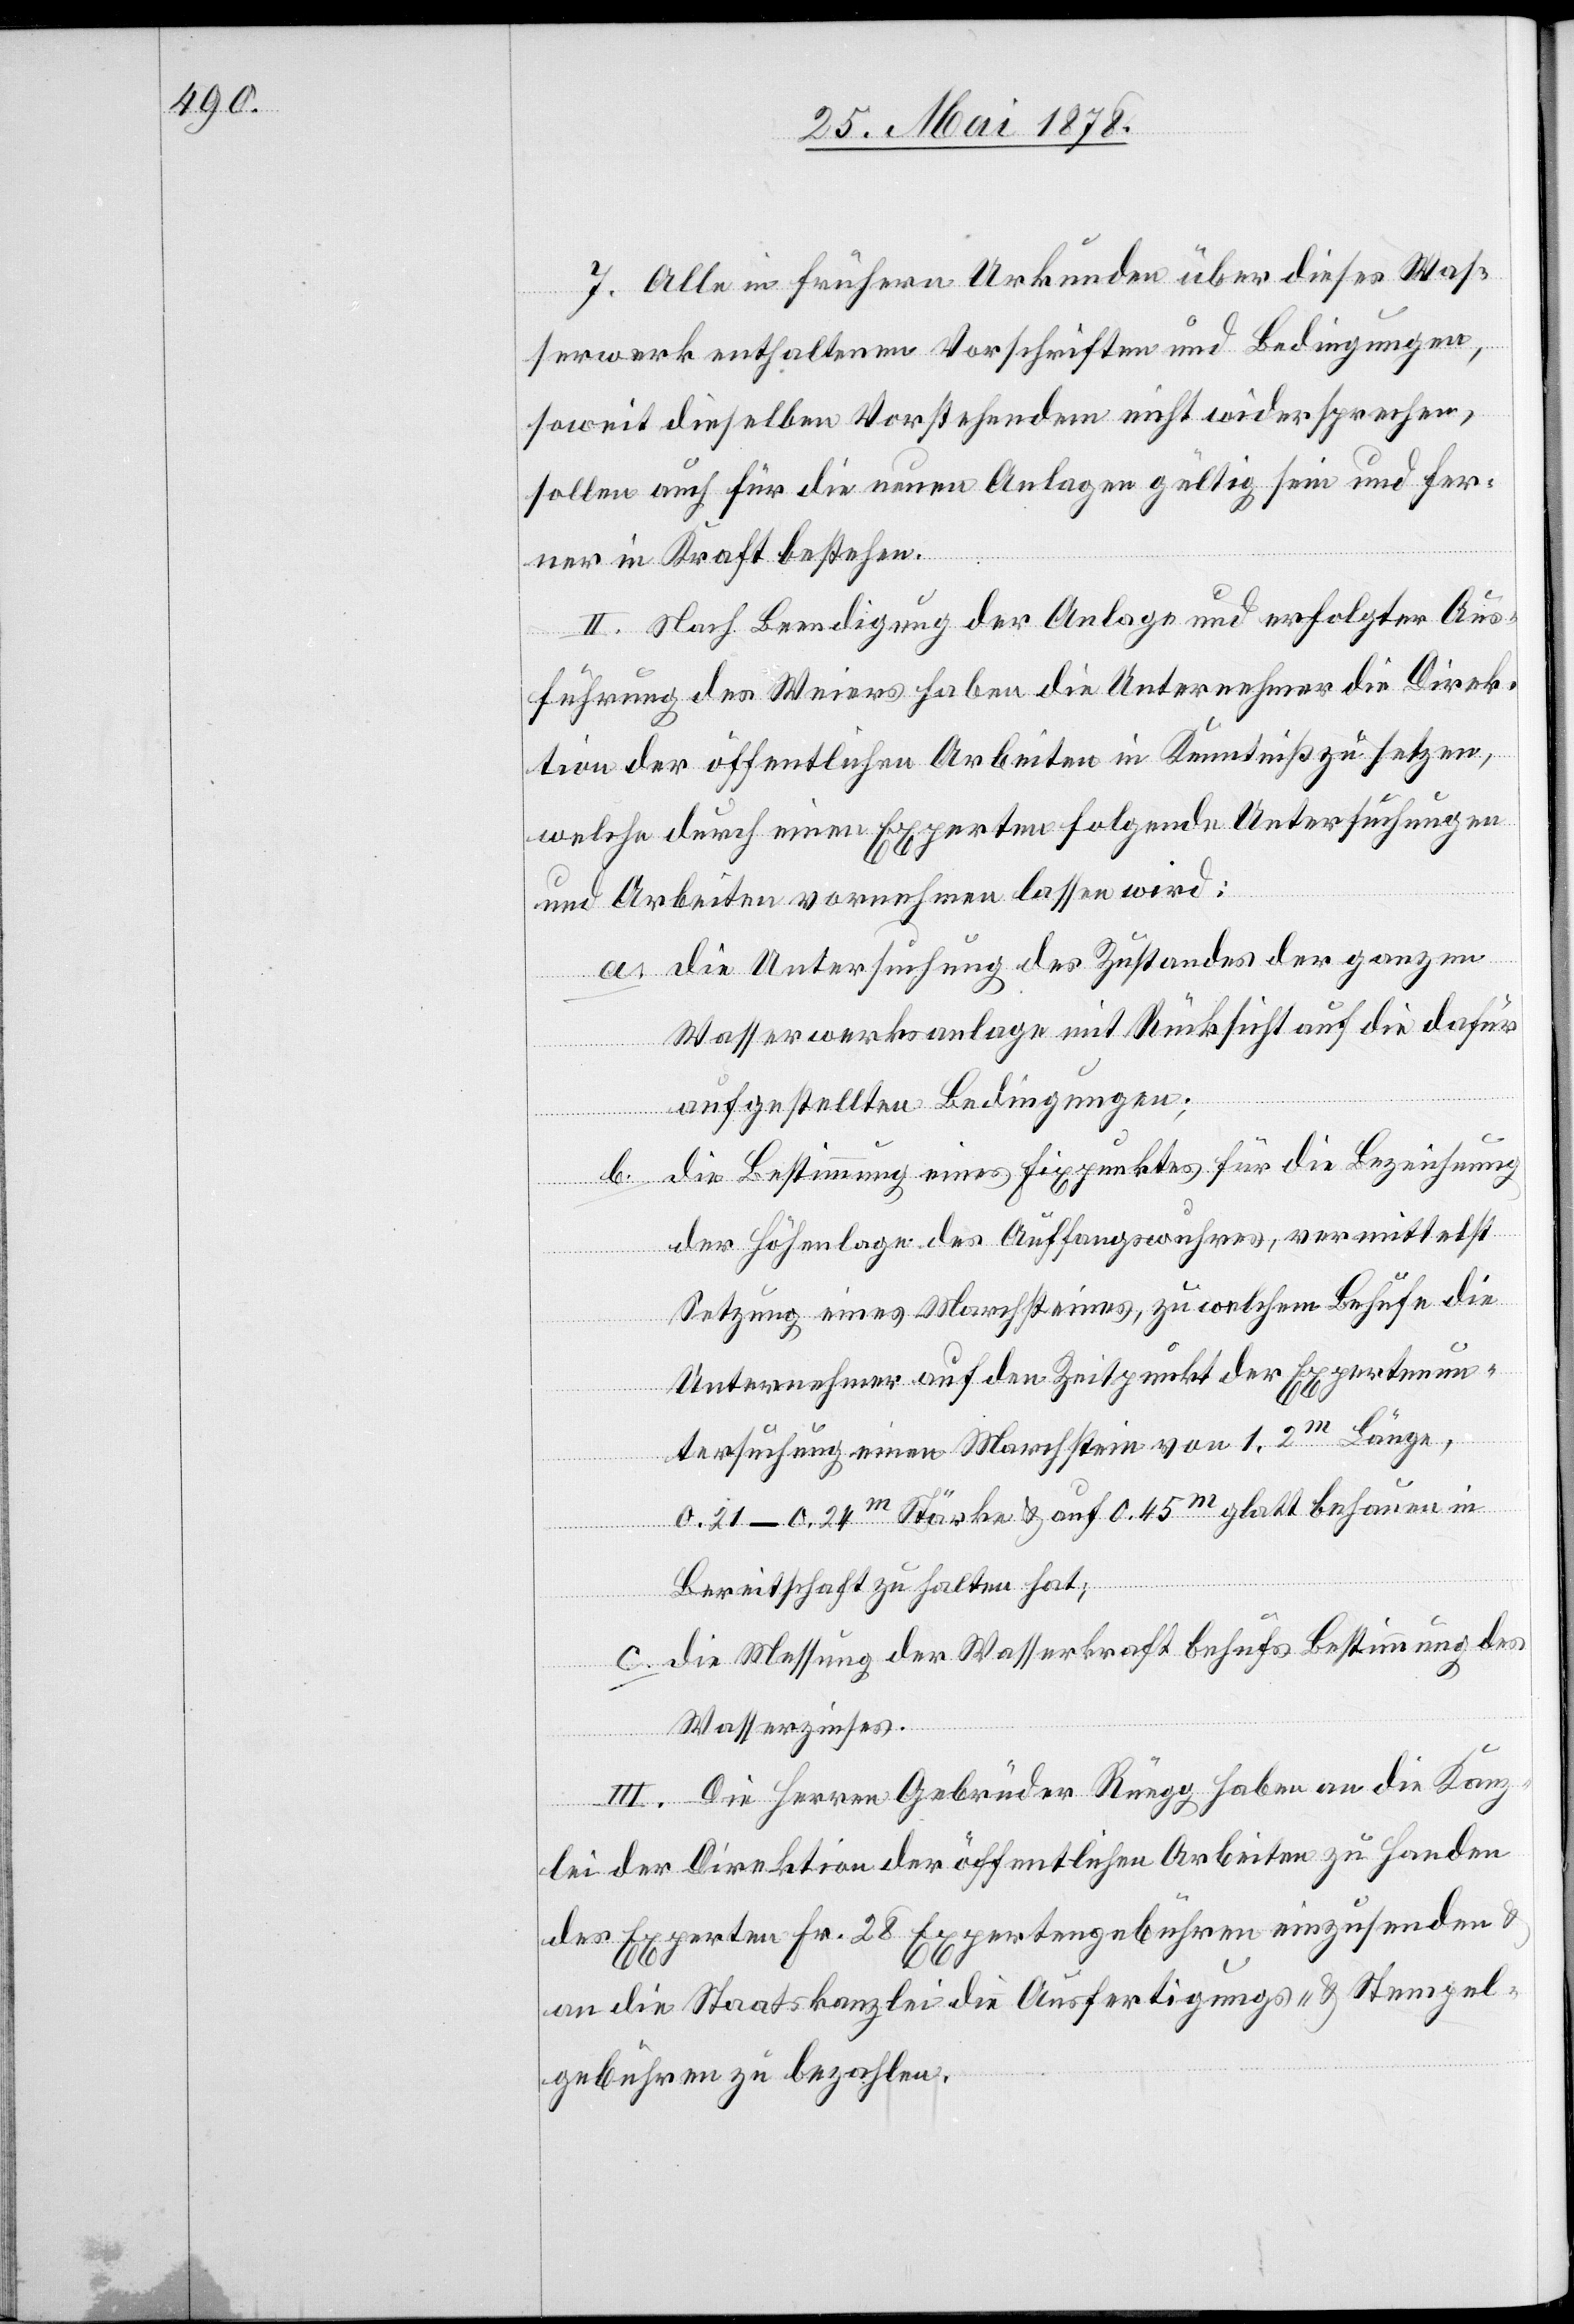
7. Alle in frühern Urkunden über dieses Was¬
serwerk enthaltenen Vorschriften und Bedingungen,
soweit dieselben Vorstehendem nicht widersprechen,
sollen auch für die neuen Anlagen gültig sein und fer¬
ner in Kraft bestehen.
II. Nach Beendigung der Anlage und erfolgter Aus¬
führung des Weiers haben die Unternehmer die Direk¬
tion der öffentlichen Arbeiten in Kenntniß zu setzen,
welche durch einen Experten folgende Untersuchungen
und Arbeiten vornehmen lassen wird:
die Untersuchung des Zustandes der ganzen
Wasserwerksanlage mit Rücksicht auf die dafür
aufgestellten Bedingungen;
die Bestimmung eines Fixpunktes für die Bezeichnung
der Höhenlage des Auffangswuhres, vermittelst
Setzung eines Marchsteines, zu welchem Behufe die
Unternehmer auf den Zeitpunkt der Expertenun¬
tersuchung einen Marchstein von 1.2m Länge,
0.21–0.24m Stärke & auf 0.45m glatt behauen in
Bereitschaft zu halten hat;
die Messung der Wasserkraft behufs Bestimmung des
Wasserzinses.
III. Die Herren Gebrüder Rüegg haben an die Kanz¬
lei der Direktion der öffentlichen Arbeiten zu Handen
des Experten Fr. 28 Expertengebühren einzusenden &
an die Staatskanzlei die Ausfertigungs- & Stempel¬
gebühren zu bezahlen.